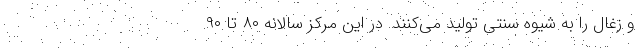
و زغال را به شیوه سنتی تولید می‌کنند. در این مرکز سالانه ۸۰ تا ۹۰